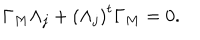
LaTeX: \Gamma _ { M } \Lambda _ { j } + \left( \Lambda _ { j } \right) ^ { t } \Gamma _ { M } = 0 .